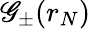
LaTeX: \mathscr{G}_{\pm}(r_{N})